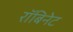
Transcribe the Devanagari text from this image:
रॉबिनेट